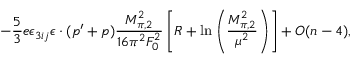
- \frac { 5 } { 3 } e \epsilon _ { 3 i j } \epsilon \cdot ( p ^ { \prime } + p ) \frac { M _ { \pi , 2 } ^ { 2 } } { 1 6 \pi ^ { 2 } F _ { 0 } ^ { 2 } } \left[ R + \ln \left( \frac { M _ { \pi , 2 } ^ { 2 } } { \mu ^ { 2 } } \right) \right] + O ( n - 4 ) ,